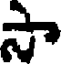
సా